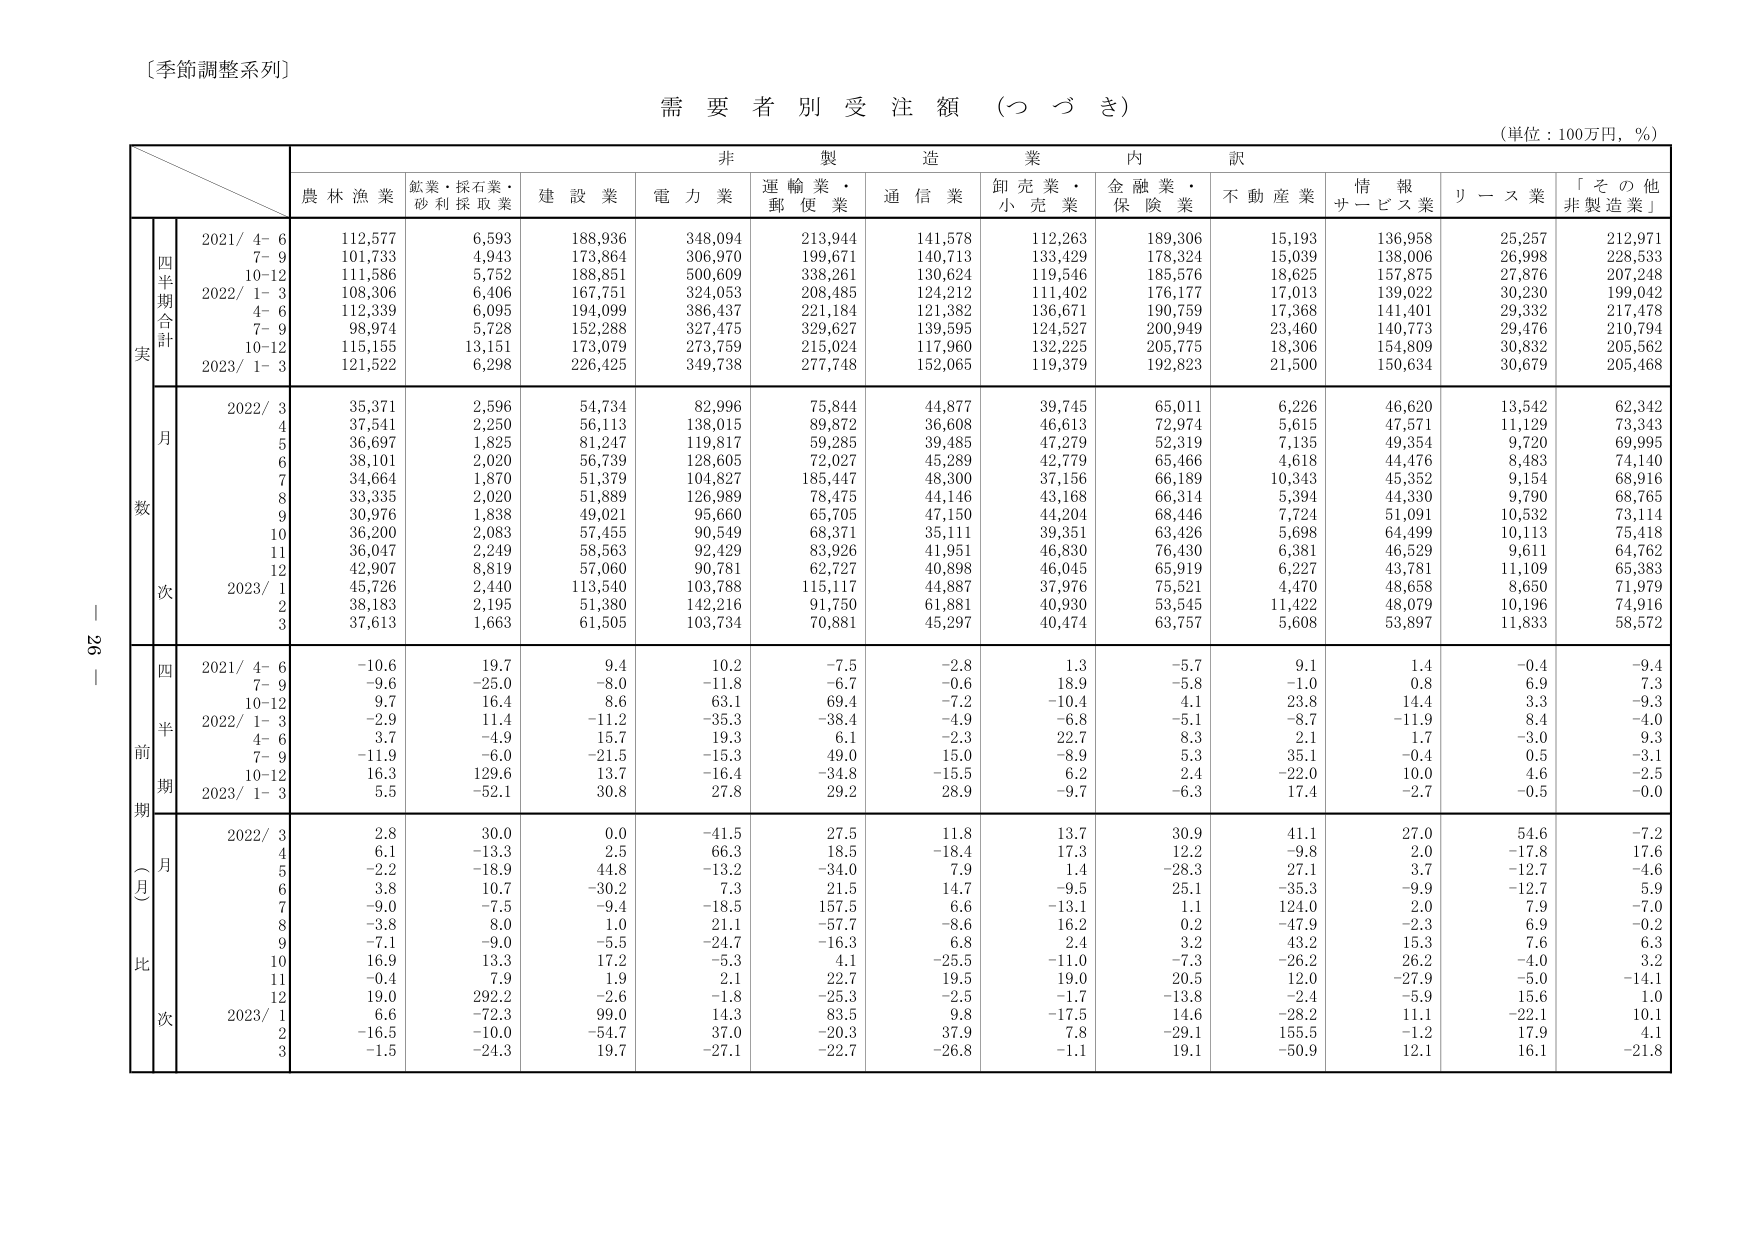
〔季節調整系列〕

需要者別受注額（つづき）

（単位：100万円，％）

非製造業内訳

農林漁業　鉱業・採石業・砂利採取業　建設業　電力業　運輸業・郵便業　通信業　卸売業・小売業　金融業・保険業　不動産業　情報サービス業　リース業　「その他非製造業」

実数

四半期合計

2021/ 4-6　112,577　6,593　188,936　348,094　213,944　141,578　112,263　189,306　15,193　136,958　25,257　212,971
　　　7-9　101,733　4,943　173,864　306,970　199,671　140,713　133,429　178,324　15,039　138,006　26,998　228,533
　　　10-12　111,586　5,752　188,851　500,609　338,261　130,624　119,546　185,576　18,625　157,875　27,876　207,248
2022/ 1-3　108,306　6,406　167,751　324,053　208,485　124,212　111,402　176,177　17,013　139,022　30,230　199,042
　　　4-6　112,339　6,095　194,099　386,437　221,184　121,382　136,671　190,759　17,368　141,401　29,332　217,478
　　　7-9　98,974　5,728　152,288　327,475　329,627　139,595　124,527　200,949　23,460　140,773　29,476　210,794
　　　10-12　115,155　13,151　173,079　273,759　215,024　117,960　132,225　205,775　18,306　154,809　30,832　205,562
2023/ 1-3　121,522　6,298　226,425　349,738　277,748　152,065　119,379　192,823　21,500　150,634　30,679　205,468

月次

2022/ 3　35,371　2,596　54,734　82,996　75,844　44,877　39,745　65,011　6,226　46,620　13,542　62,342
　　　4　37,541　2,250　56,113　138,015　89,872　36,608　46,613　72,974　5,615　47,571　11,129　73,343
　　　5　36,697　1,825　81,247　119,817　59,285　39,485　47,279　52,319　7,135　49,354　9,720　69,995
　　　6　38,101　2,020　56,739　128,605　72,027　45,289　42,779　65,466　4,618　44,476　8,483　74,140
　　　7　34,664　1,870　51,379　104,827　185,447　48,300　37,156　66,189　10,343　45,352　9,154　68,916
　　　8　33,335　2,020　51,889　126,989　78,475　44,146　43,168　66,314　5,394　44,330　9,790　68,765
　　　9　30,976　1,838　49,021　95,660　65,705　47,150　44,204　68,446　7,724　51,091　10,532　73,114
　　　10　36,200　2,083　57,455　90,549　68,371　35,111　39,351　63,426　5,698　64,499　10,113　75,418
　　　11　36,047　2,249　58,563　92,429　83,926　41,951　46,830　76,430　6,381　46,529　9,611　64,762
　　　12　42,907　8,819　57,060　90,781　62,727　40,898　46,045　65,919　6,227　43,781　11,109　65,383
2023/ 1　45,726　2,440　113,540　103,788　115,117　44,887　37,976　75,521　4,470　48,658　8,650　71,979
　　　2　38,183　2,195　51,380　142,216　91,750　61,881　40,930　53,545　11,422　48,079　10,196　74,916
　　　3　37,613　1,663　61,505　103,734　70,881　45,297　40,474　63,757　5,608　53,897　11,833　58,572

前期（月）比

四半期

2021/ 4-6　-10.6　19.7　9.4　10.2　-7.5　-2.8　1.3　-5.7　9.1　1.4　-0.4　-9.4
　　　7-9　-9.6　-25.0　-8.0　-11.8　-6.7　-0.6　18.9　-5.8　-1.0　0.8　6.9　7.3
　　　10-12　9.7　16.4　8.6　63.1　69.4　-7.2　-10.4　4.1　23.8　14.4　3.3　-9.3
2022/ 1-3　-2.9　11.4　-11.2　-35.3　-38.4　-4.9　-6.8　-5.1　-8.7　-11.9　8.4　-4.0
　　　4-6　3.7　-4.9　15.7　19.3　6.1　-2.3　22.7　8.3　2.1　1.7　-3.0　9.3
　　　7-9　-11.9　-6.0　-21.5　-15.3　49.0　15.0　-8.9　5.3　35.1　-0.4　0.5　-3.1
　　　10-12　16.3　129.6　13.7　-16.4　-34.8　-15.5　6.2　2.4　-22.0　10.0　4.6　-2.5
2023/ 1-3　5.5　-52.1　30.8　27.8　29.2　28.9　-9.7　-6.3　17.4　-2.7　-0.5　-0.0

月次

2022/ 3　2.8　30.0　0.0　-41.5　27.5　11.8　13.7　30.9　41.1　27.0　54.6　-7.2
　　　4　6.1　-13.3　2.5　66.3　18.5　-18.4　17.3　12.2　-9.8　2.0　-17.8　17.6
　　　5　-2.2　-18.9　44.8　-13.2　-34.0　7.9　1.4　-28.3　27.1　3.7　-12.7　-4.6
　　　6　3.8　10.7　-30.2　7.3　21.5　14.7　-9.5　25.1　-35.3　-9.9　-12.7　5.9
　　　7　-9.0　-7.5　-9.4　-18.5　157.5　6.6　-13.1　1.1　124.0　2.0　7.9　-7.0
　　　8　-3.8　8.0　1.0　21.1　-57.7　-8.6　16.2　0.2　-47.9　-2.3　6.9　-0.2
　　　9　-7.1　-9.0　-5.5　-24.7　-16.3　6.8　2.4　3.2　43.2　15.3　7.6　6.3
　　　10　16.9　13.3　17.2　-5.3　4.1　-25.5　-11.0　-7.3　-26.2　26.2　-4.0　3.2
　　　11　-0.4　7.9　1.9　2.1　22.7　19.5　19.0　20.5　12.0　-27.9　-5.0　-14.1
　　　12　19.0　292.2　-2.6　-1.8　-25.3　-2.5　-1.7　-13.8　-2.4　-5.9　15.6　1.0
2023/ 1　6.6　-72.3　99.0　14.3　83.5　9.8　-17.5　14.6　-28.2　11.1　-22.1　10.1
　　　2　-16.5　-10.0　-54.7　37.0　-20.3　37.9　7.8　-29.1　155.5　-1.2　17.9　4.1
　　　3　-1.5　-24.3　19.7　-27.1　-22.7　-26.8　-1.1　19.1　-50.9　12.1　16.1　-21.8

ー 26 ー